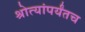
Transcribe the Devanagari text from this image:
श्रोत्यांपर्यंतच